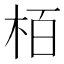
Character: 栢